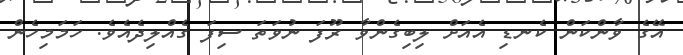
އޭގެ ވާންކަން ކެނޑި އެއަށް ލިބިގެންވާ ރޫފަ ނުވަތަ ސިފަ ގެއްލިދެއެވެ. ހަމަމިހެން